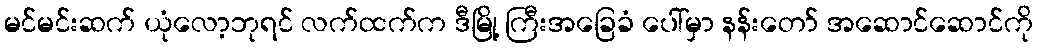
မင်မင်းဆက် ယုံလော့ဘုရင် လက်ထက်က ဒီမြို့ ကြီးအခြေခံ ပေါ်မှာ နန်းတော် အဆောင်ဆောင်ကို